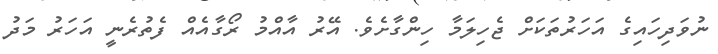
ނުވަދިހައިގެ އަހަރުތަކަށް ޖެހިލަމާ ހިންގާށެވެ. އޭރު އާއްމު ރޯގާއެއް ފެތުރެނީ އަހަރު މަދު